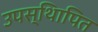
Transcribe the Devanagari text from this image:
उपस्थिापित